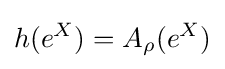
\displaystyle h(e^{X})=A_{\rho }(e^{X})